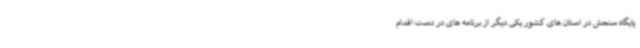
پایگاه سنجش در استان های کشور یکی دیگر از برنامه های در دست اقدام